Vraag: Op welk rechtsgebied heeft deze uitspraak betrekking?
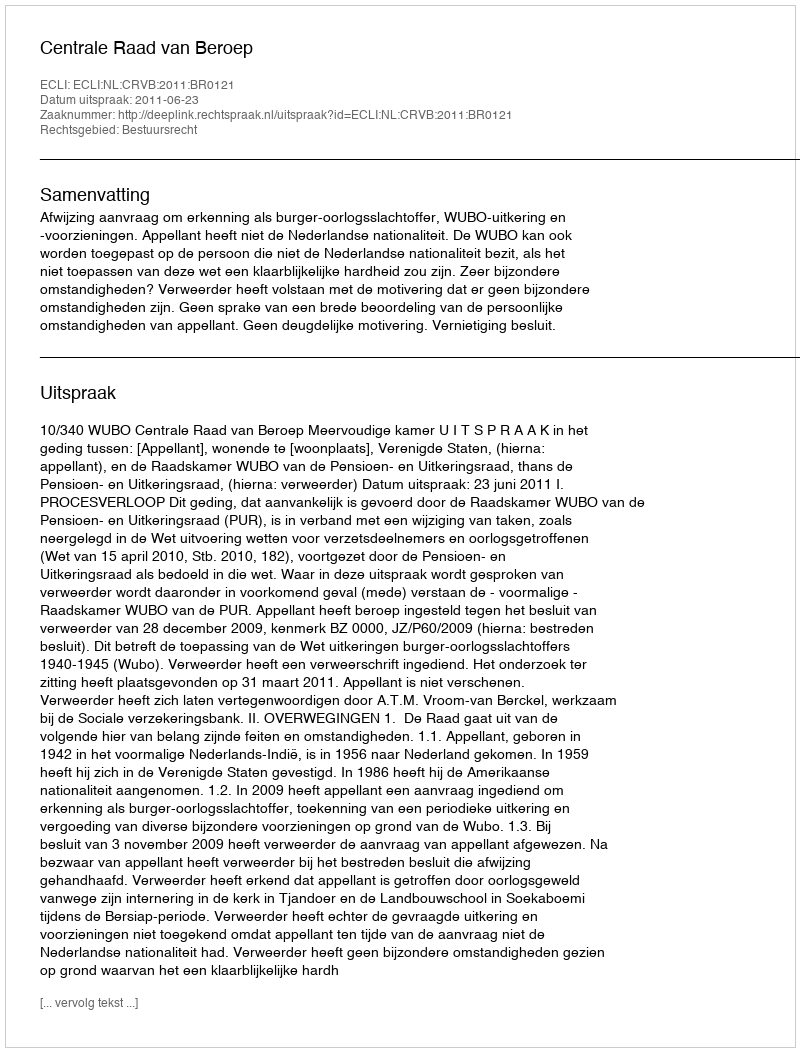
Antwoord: Bestuursrecht